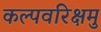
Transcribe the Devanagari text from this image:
कल्पवरिक्षमु